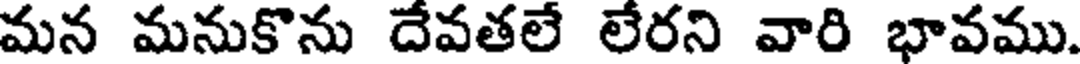
మన మనుకొను దేవతలే లేరని వారి భావము.